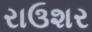
રાઉશર